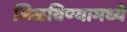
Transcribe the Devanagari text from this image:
मिळविण्यामध्ये